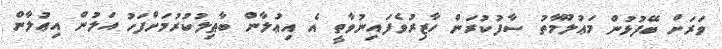
ވަރަށް ބޭފުޅުން މަޢުލޫމާތު ސާފުކުރަން ހާޒިރުވެފައިނުވާތީ އެ އިޢުލާން ބާޠިލުކުރުމަށްފަހު އަލުން އިޢުލާން